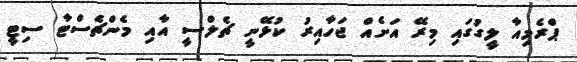
ޕްރެމިއާ ލީގުގައި މިރޭ އަށެއް ޖަހާއިރު ކުޅޭނީ ޗެލްސީ އާއި މެންޗެސްޓާ ސިޓީ